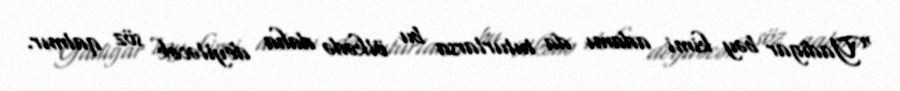
"Yadigar bəy kimi adamı da tuturlarsa bu ölkədə daha deyiləcək söz qalmır.